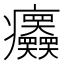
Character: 𤼤